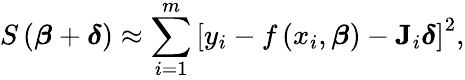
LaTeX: S\left({\boldsymbol{\beta}}+{\boldsymbol{\delta}}\right)\approx\sum_{i=1}^{m}\left[y_{i}-f\left(x_{i},{\boldsymbol{\beta}}\right)-\mathbf{J}_{i}{\boldsymbol{\delta}}\right]^{2},